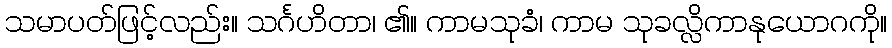
သမာပတ်ဖြင့်လည်း။ သင်္ဂဟိတာ၊ ၏။ ကာမသုခံ၊ ကာမ သုခလ္လိကာနုယောဂကို။